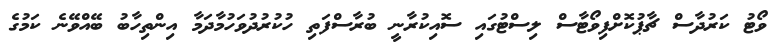
ވޯޓު ކަރުދާސް ޗާޕުކޮށްފިވޯޓާސް ލިސްޓުގައި ސޮއިކުރާނީ ބުރާސްފަތި ހުކުރުދުވަހުމާދަމާ އިންތިހާބު ބޭއްވޭނެ ކަމުގެ